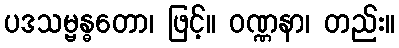
ပဒသမ္ဗန္ဓတော၊ ဖြင့်။ ဝဏ္ဏနာ၊ တည်း။